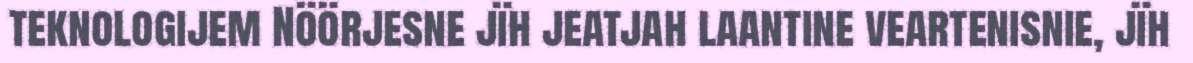
teknologijem Nöörjesne jïh jeatjah laantine veartenisnie, jïh